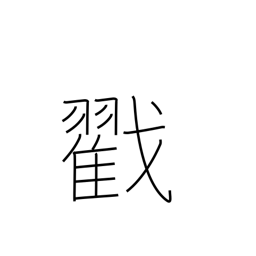
Meaning: poke